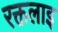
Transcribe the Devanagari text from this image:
रक्तलाइ